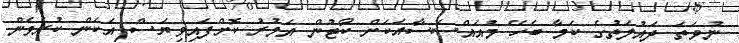
ނުވަތަ ދައުލަތުގެ ކަމާ ބެހޭ މުއައްސަސާއަކަށް ކޯޓުން އަމުރު ކޮށްފައިވިޔަސް އެކަން ކުރެވެން